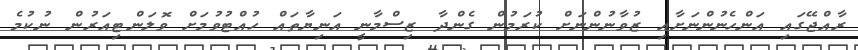
ރާއްޖޭގައި އަންހެނުންނަށާއި ޒުވާނުންނަށް ކުރަމުން ގެންދާ ޒިސްމާނީ އަނިޔާތައް ހުއްޓުވުމަށް ވޮލަންޓިއަރުން ނުކުމެ